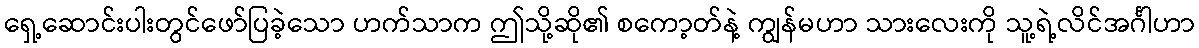
ရှေ့ဆောင်းပါးတွင်ဖော်ပြခဲ့သော ဟက်သာက ဤသို့ဆို၏ စကော့တ်နဲ့ ကျွန်မဟာ သားလေးကို သူ့ရဲ့လိင်အင်္ဂါဟာ